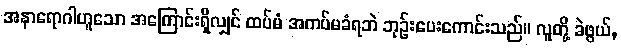
အနာရောဂါဟူသော အကြောင်းရှိလျှင် ထပ်မံ အကပ်မခံရဘဲ ဘုဉ်းပေးကောင်းသည်။ လူတို့ ခဲဖွယ်,